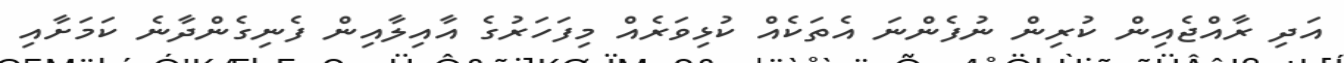
އަދި ރާއްޖެއިން ކުރިން ނުފެންނަ އެތަކެއް ކުޅިވަރެއް މިފަހަރުގެ އާއިލާއިން ފެނިގެންދާނެ ކަމަށާއި